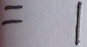
= 1